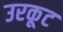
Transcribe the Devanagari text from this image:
उरकूट